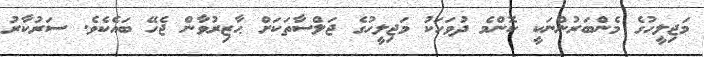
މަޖިލީހުގެ މެންބަރުންނަކީ ކޮންމެ ދުވަހަކު މަޖިލީހުގެ ޖަލްސާތަކަށް ޙާޒިރުވާން ޖެހޭ ބައެކެވެ. ސަރުކާރު